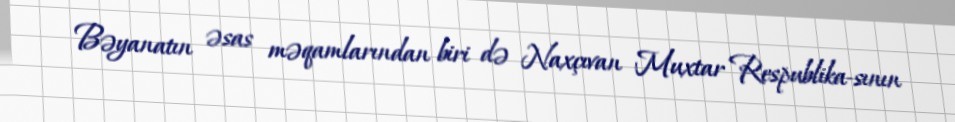
Bəyanatın əsas məqamlarından biri də Naxçıvan Muxtar Respublika­sının